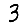
Digit: 3